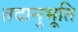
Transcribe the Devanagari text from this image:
तदानुभूति